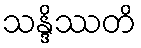
သန္ဒိဿတိ